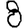
Digit: 8